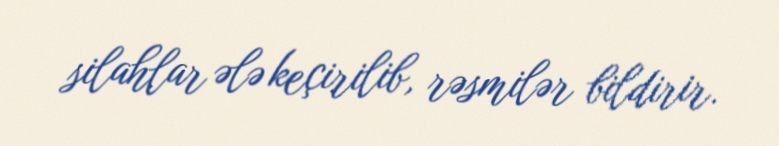
silahlar ələ keçirilib, rəsmilər bildirir.